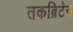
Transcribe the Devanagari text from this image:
तकब्रिटेन